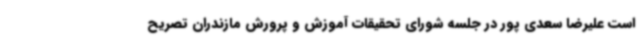
است علیرضا سعدی پور در جلسه شورای تحقیقات آموزش و پرورش مازندران تصریح